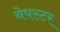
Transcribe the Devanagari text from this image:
नेपस्टर